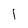
Character: 1